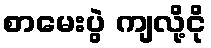
စာမေးပွဲ ကျလို့ငို